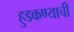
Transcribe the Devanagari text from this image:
हुडकण्याची